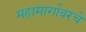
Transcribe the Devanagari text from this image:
महामार्गावरचे